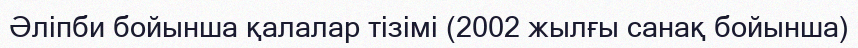
Әліпби бойынша қалалар тізімі (2002 жылғы санақ бойынша)